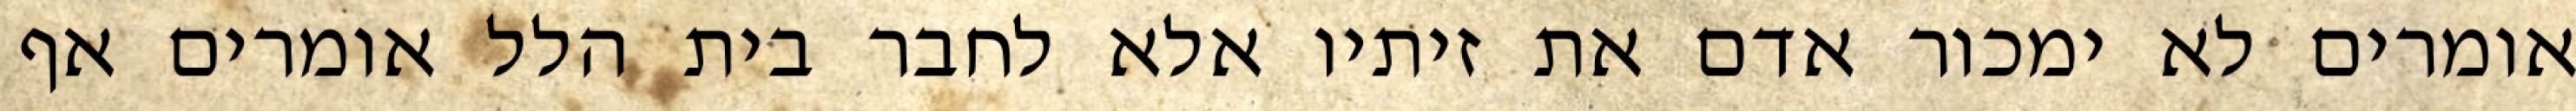
אומרים לא ימכור אדם את זיתיו אלא לחבר בית הלל אומרים אף